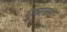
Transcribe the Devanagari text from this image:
गुळचट